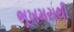
ભૂખમરાથી